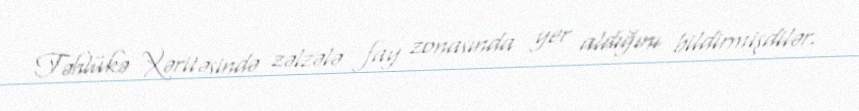
Təhlükə Xəritəsində zəlzələ fay zonasında yer aldığını bildirmişdilər.